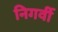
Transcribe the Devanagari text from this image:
निगर्वी